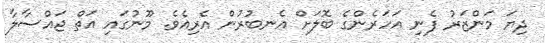
ދިޔަ މަންޒަރު ފެނި އަހަރެންގެ ބޮލަށް އެނބުރުން އެރިއެވެ. މޫނުގައި އަތް ޖައްސާލާ